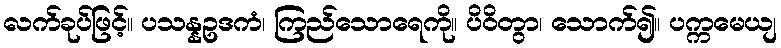
လက်ခုပ်ဖြင့်။ ပသန္နဥဒကံ၊ ကြည်သောရေကို။ ပိဝိတွာ၊ သောက်၍။ ပက္ကမေယျ